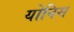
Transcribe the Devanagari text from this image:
योनिस